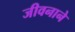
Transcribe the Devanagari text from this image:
जीवनाने